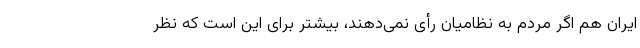
ایران هم اگر مردم به نظامیان رأی نمی‌دهند، بیشتر برای این است که نظر